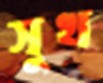
সুখ